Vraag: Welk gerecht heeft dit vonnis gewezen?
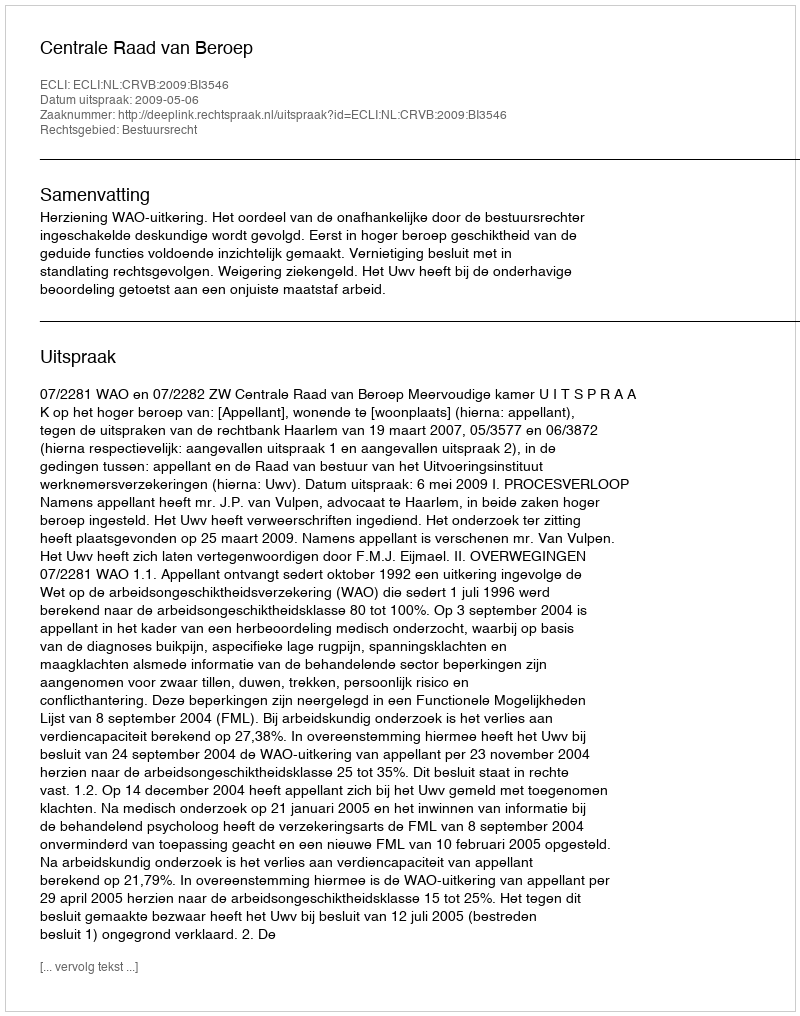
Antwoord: Centrale Raad van Beroep